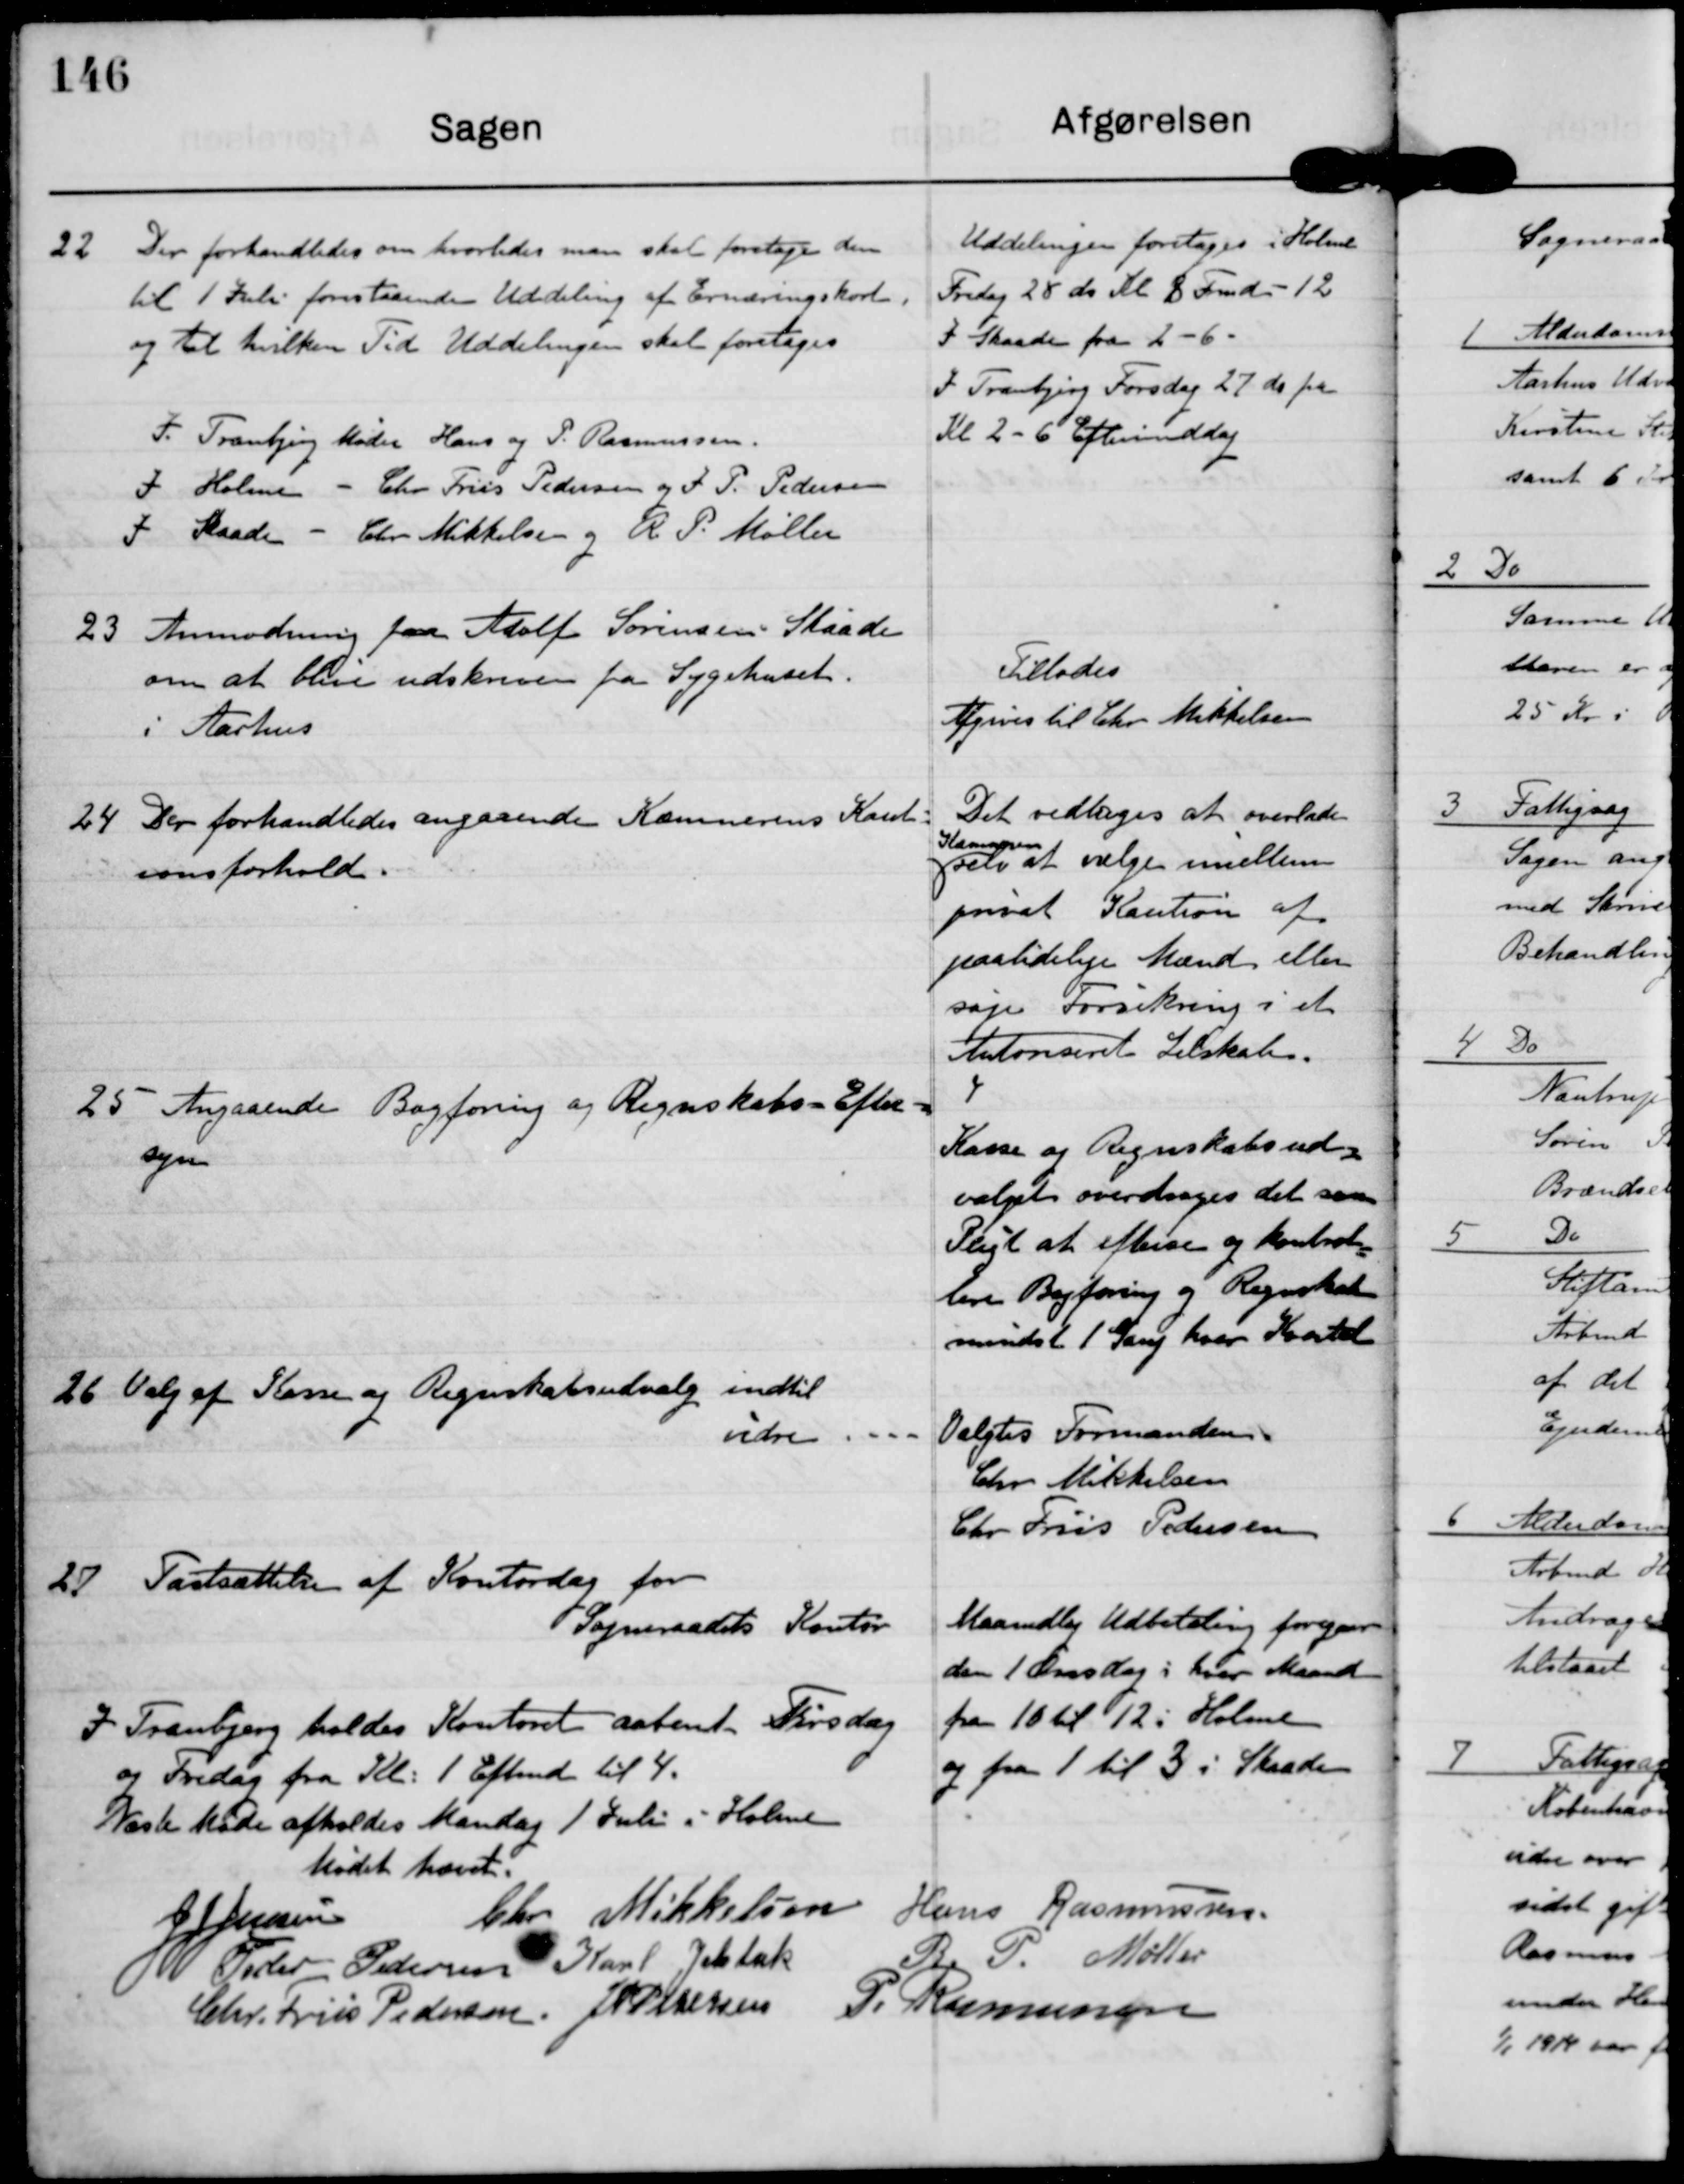
Transskription:
22

Der forhandledes om hvorledes man skal foretage den
til 1 Juli forestaaende Uddeling af Ernæringskort
ot til hvilken Tid Uddelingen skal foretages.
I Tranbjerg Møder Hans og P. Rasmussen
I Holme - Chr Friis Pedersen og J P. pedersen
I Skaade - Chr Mikkelsen og R P. Møller

Uddelingen foretages i Holme
Fredag 28 ds Kl 8 Formd - 12
I Skaade fra 2 - 6.
I Tranbjerg Torsdag 27 ds fra
Kl 2 - 6 Eftermiddag

23

Anmodning fra Adolf Sørensen Skaade
om at blive udskriven fra Sygehuset
i Aarhus

Tillades
Afgives til Chr Mikkelsen

24

Der forhandledes angaaende Kæmnerens Kaut-
ionsforhold.

Det vedtoges at overlade
Kæmneren
selv at vælge imellem
privat Kaution af
paalidelige Mænd eller
søge Forsikring i et
Autoriseret Selskab.

25

Angaaende Bogføring og Regnskabs-Efter-
syn

Kasse og Regnskabsud-
valget overdrages det som
Pligt at aflevere og kontrol-
lere Bogføring og Regnskab
mindst 1 Gang hver Kvartal

26

Valg af Kasse og Regnskabsudvalg indtil
videre

Valgtes Formanden
Chr Mikkelsen
Chr Friis Pedersen

27

Fastsættelse af Kontordag for
Sogneraadets Kontor
I Tranbjerg holdes Kontoret aabent Tirsdag
og fredag fra Kl. 1 Eftmd til 4.

Maanedlig Udbetaling foregaar
den 1 Onsdag i hver Maaned
fra 10 til 12 i Holme
og fra 1 til 3 i Skaade

Næste Møde afholdes Mandag 1 Juli i Holme

Mødet hævet

J J Jensen

Chr Mikkelsen

Hans Rasmussen

Peder Pedersen

Karl Jelsbak

R. P. Møller

Chr. Friis Pedersen

J P Pedersen

P. Rasmussen